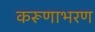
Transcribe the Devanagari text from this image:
करूणाभरण